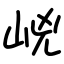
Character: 㟅